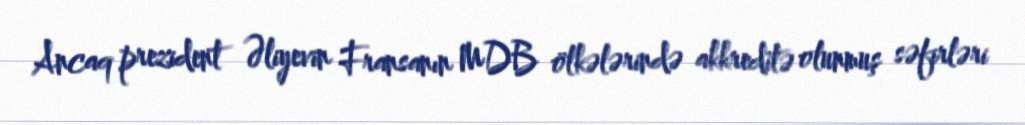
Ancaq prezident Əliyevin Fransanın MDB ölkələrində akkreditə olunmuş səfirləri